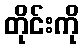
တိုင်းကို